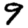
Digit: 9